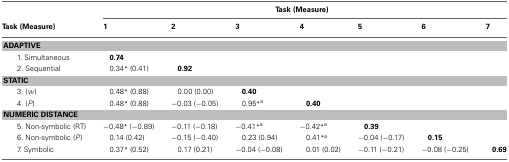
<table><thead><tr><td></td><td colspan="7"><b>Task (Measure)</b></td></tr><tr><td><b>Task (Measure)</b></td><td><b>1</b></td><td><b>2</b></td><td><b>3</b></td><td><b>4</b></td><td><b>5</b></td><td><b>6</b></td><td><b>7</b></td></tr></thead><tbody><tr><td colspan="8"><b>ADAPTIVE</b></td></tr><tr><td>1. Simultaneous</td><td><b>0.74</b></td><td></td><td></td><td></td><td></td><td></td><td></td></tr><tr><td>2. Sequential</td><td>0.34<sup>*</sup> (0.41)</td><td><b>0.92</b></td><td></td><td></td><td></td><td></td><td></td></tr><tr><td colspan="8"><b>STATIC</b></td></tr><tr><td>3. (<i>w</i>)</td><td>0.48<sup>*</sup> (0.88)</td><td>0.00 (0.00)</td><td><b>0.40</b></td><td></td><td></td><td></td><td></td></tr><tr><td>4. (<i>P</i>)</td><td>0.48<sup>*</sup> (0.88)</td><td>−0.03 (−0.05)</td><td>0.95<sup>*</sup><sup>a</sup></td><td><b>0.40</b></td><td></td><td></td><td></td></tr><tr><td colspan="8"><b>NUMERIC DISTANCE</b></td></tr><tr><td>5. Non-symbolic (RT)</td><td>−0.48<sup>*</sup> (−0.89)</td><td>−0.11 (−0.18)</td><td>−0.41<sup>*</sup><sup>a</sup></td><td>−0.42<sup>*</sup><sup>a</sup></td><td><b>0.39</b></td><td></td><td></td></tr><tr><td>6. Non-symbolic (<i>P</i>)</td><td>0.14 (0.42)</td><td>−0.15 (−0.40)</td><td>0.23 (0.94)</td><td>0.41<sup>*</sup><sup>a</sup></td><td>−0.04 (−0.17)</td><td><b>0.15</b></td><td></td></tr><tr><td>7. Symbolic</td><td>0.37<sup>*</sup> (0.52)</td><td>0.17 (0.21)</td><td>−0.04 (−0.08)</td><td>0.01 (0.02)</td><td>−0.11 (−0.21)</td><td>−0.08 (−0.25)</td><td><b>0.69</b></td></tr></tbody></table>